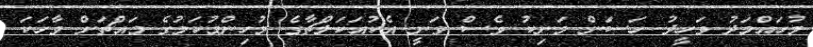
މުހައްމަދު ވަހީދު ހަސަން މަނިކު ވެސް ވަނީ އެކުއަކަލްޗާގެ މުހިންމުކަމުގެ މައްޗަށް ވާހަކަ